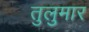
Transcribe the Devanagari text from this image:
तुलुमार